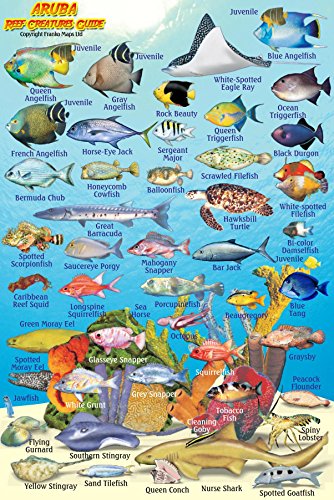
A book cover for Aruba Reef Creatures Guide Franko Maps Laminated Fish Card 4" x 6"; Franko Maps Ltd.; Travel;